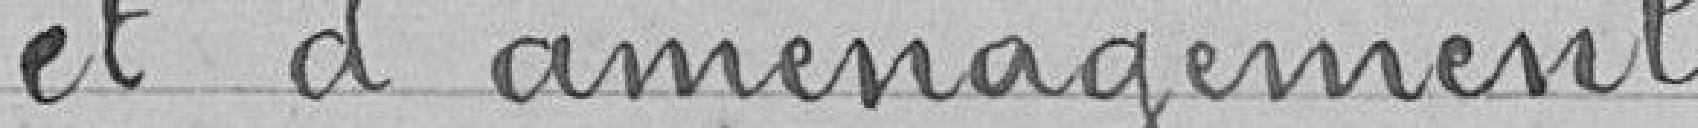
et d'aménagement